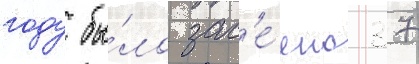
году бы́ло зас'е́яно 37